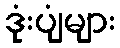
ဒုံးပျံများ